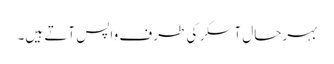
بہرحال آسکر کی طرف واپس آتے ہیں۔